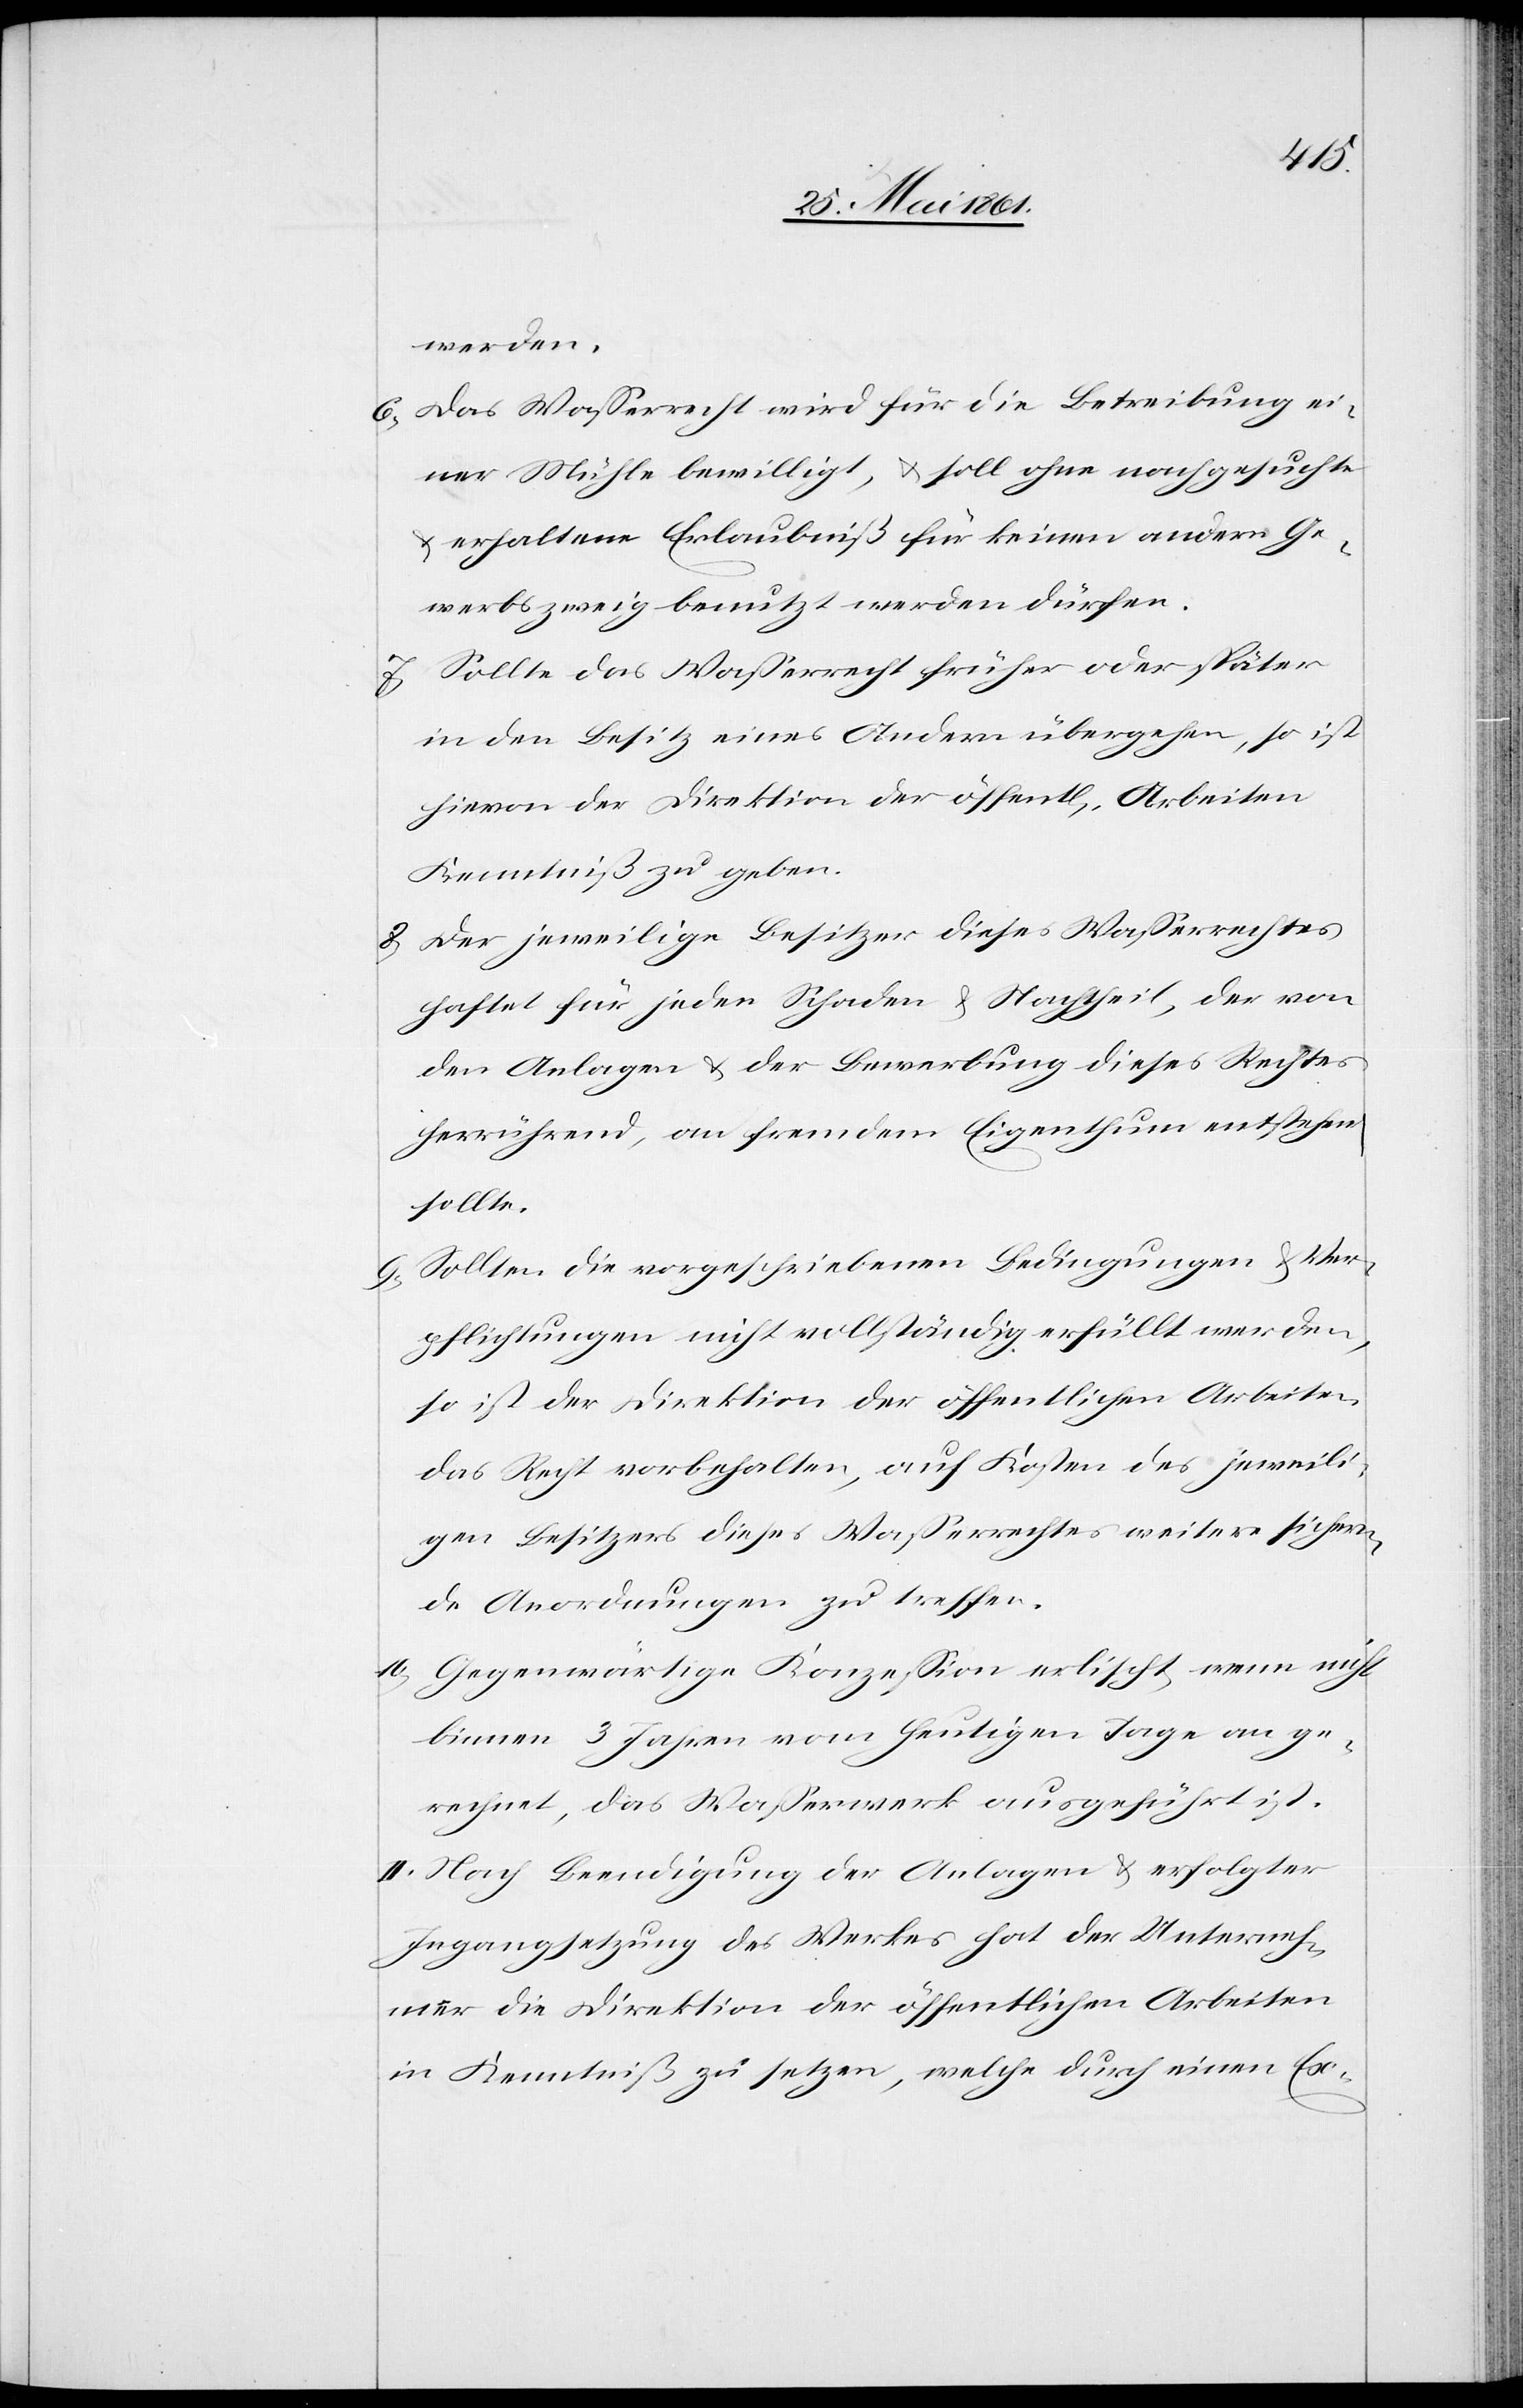
werden.
6) Das Wasserrecht wird für die Betreibung ei¬
ner Mühle bewilligt, u. soll ohne nachgesuchte
u. erhaltene Erlaubniß für keinen andern Ge¬
werbszweig benutzt werden dürfen.
7) Sollte das Wasserrecht früher oder später
in den Besitz eines Andern übergehen, so ist
hievon der Direktion der öffent[lichen] Arbeiten
Kenntniß zu geben.
8) Der jeweilige Besitzer dieses Wasserrechtes
haftet für jeden Schaden u. Nachtheil, der von
den Anlagen u. der Bewerbung dieses Rechtes
herrührend, an fremdem Eigenthum entstehen
sollte.
9) Sollten die vorgeschriebenen Bedingungen u. Ver¬
pflichtungen nicht vollständig erfüllt werden,
so ist der Direktion der öffentlichen Arbeiten
das Recht vorbehalten, auf Kosten des jeweili¬
gen Besitzers dieses Wasserrechtes weitere sichern¬
de Anordnungen zu treffen.
10) Gegenwärtige Konzession erlischt, wenn nicht
binnen 3 Jahren vom heutigen Tage an ge¬
rechnet, das Wasserwerk ausgeführt ist.
II: Nach Beendigung der Anlagen u. erfolgter
Ingangsetzung des Werkes hat der Unterneh¬
mer die Direktion der öffentlichen Arbeiten
in Kenntniß zu setzen, welche durch einen Ex-